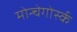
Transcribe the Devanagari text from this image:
मोन्चेगोर्स्क